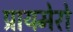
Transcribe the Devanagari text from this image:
प्रायमेरो